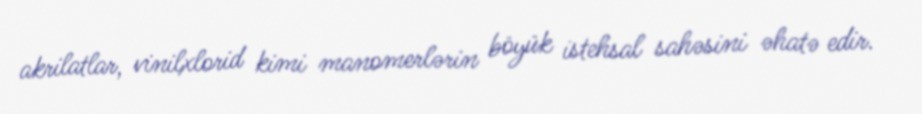
akrilatlar, vinilxlorid kimi manomerlərin böyük istehsal sahəsini əhatə edir.